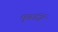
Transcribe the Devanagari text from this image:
मुखार्जि